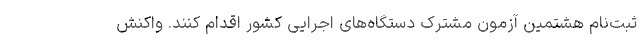
ثبت‌نام هشتمین آزمون مشترک دستگاه‌های اجرایی کشور اقدام کنند. واکنش